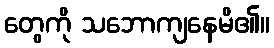
တွေကို သဘောကျနေမိ၏။